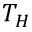
T _ { H }